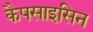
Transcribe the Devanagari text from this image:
कैपसाइसिन